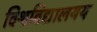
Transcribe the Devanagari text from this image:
विश्वविद्यालयय